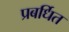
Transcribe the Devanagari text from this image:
प्रबर्धित